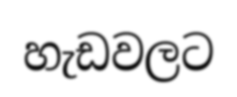
හැඩවලට